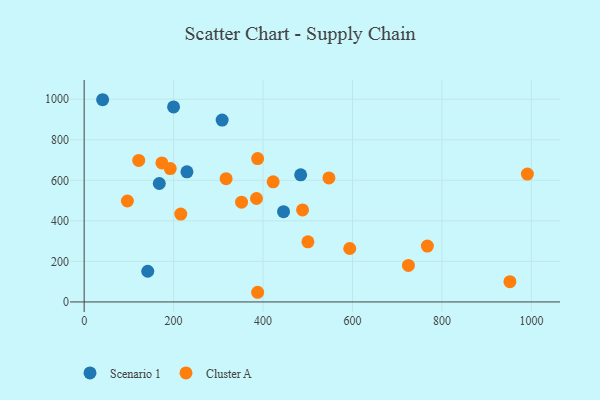
{"axis": {"x": "Ad Spend", "y": "Salary"}, "legend": ["Cluster A", "Scenario 1"], "data": [{"x": "142.2", "y": 151.5, "type": "Scenario 1"}, {"x": "199.9", "y": 961.9, "type": "Scenario 1"}, {"x": "168.0", "y": 584.4, "type": "Scenario 1"}, {"x": "41.3", "y": 997.6, "type": "Scenario 1"}, {"x": "308.5", "y": 897.0, "type": "Scenario 1"}, {"x": "445.8", "y": 445.2, "type": "Scenario 1"}, {"x": "484.1", "y": 627.3, "type": "Scenario 1"}, {"x": "229.8", "y": 641.8, "type": "Scenario 1"}, {"x": "122.0", "y": 698.3, "type": "Cluster A"}, {"x": "216.0", "y": 433.7, "type": "Cluster A"}, {"x": "725.0", "y": 180.0, "type": "Cluster A"}, {"x": "422.6", "y": 592.5, "type": "Cluster A"}, {"x": "952.0", "y": 100.2, "type": "Cluster A"}, {"x": "593.8", "y": 263.7, "type": "Cluster A"}, {"x": "192.5", "y": 657.8, "type": "Cluster A"}, {"x": "385.3", "y": 510.2, "type": "Cluster A"}, {"x": "387.9", "y": 707.1, "type": "Cluster A"}, {"x": "387.9", "y": 47.7, "type": "Cluster A"}, {"x": "991.0", "y": 630.9, "type": "Cluster A"}, {"x": "317.4", "y": 608.3, "type": "Cluster A"}, {"x": "767.4", "y": 275.6, "type": "Cluster A"}, {"x": "173.8", "y": 686.0, "type": "Cluster A"}, {"x": "351.9", "y": 492.2, "type": "Cluster A"}, {"x": "500.3", "y": 296.4, "type": "Cluster A"}, {"x": "96.7", "y": 498.1, "type": "Cluster A"}, {"x": "488.3", "y": 454.2, "type": "Cluster A"}, {"x": "547.3", "y": 611.7, "type": "Cluster A"}]}